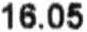
16.05